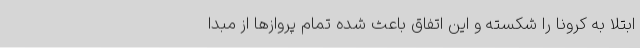
ابتلا به کرونا را شکسته و این اتفاق باعث شده تمام پروازها از مبدا